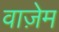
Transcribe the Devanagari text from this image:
वाज़ेम